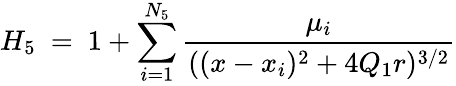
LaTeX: H_{5}\ =\ 1+\sum_{i=1}^{N_{5}}\frac{\mu_{i}}{((x-x_{i})^{2}+4Q_{1}r)^{3/2}}